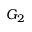
G _ { 2 }